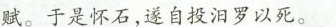
赋。于是怀石，遂自投汨罗以死。